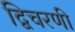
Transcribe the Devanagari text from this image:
द्विचरणी